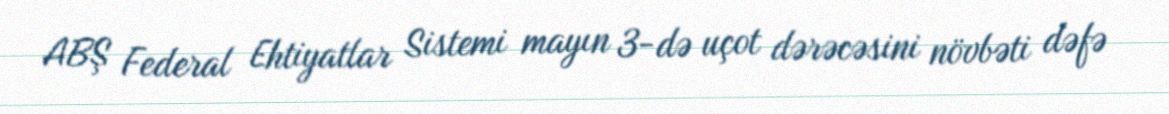
ABŞ Federal Ehtiyatlar Sistemi mayın 3-də uçot dərəcəsini növbəti dəfə